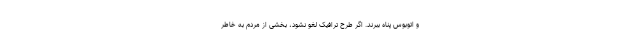
و اتوبوس پناه ببرند. اگر طرح ترافیک لغو نشود، بخشی از مردم به خاطر